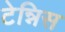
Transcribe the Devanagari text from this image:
टेन्निस